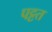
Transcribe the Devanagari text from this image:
पट्टत